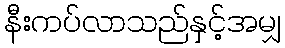
နီးကပ်လာသည်နှင့်အမျှ